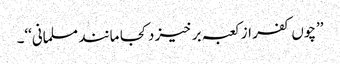
’’چوں کفر از کعبہ بر خیز د کجا مانند مسلمانی‘‘۔